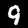
Digit: 9